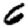
Digit: 6